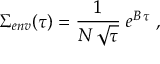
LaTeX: \Sigma _ { e n v } ( \tau ) = { \frac { 1 } { N \, \sqrt { \tau } } } \; e ^ { B \, \tau } \; ,